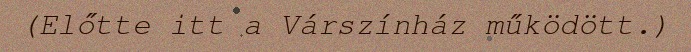
(Előtte itt a Várszínház működött.)